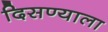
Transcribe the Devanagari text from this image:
दिसण्याला